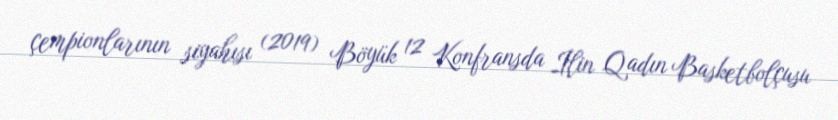
çempionlarının siyahısı (2019) Böyük 12 Konfransda İlin Qadın Basketbolçusu